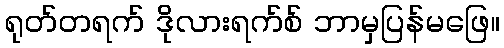
ရုတ်တရက် ဒိုလားရက်စ် ဘာမှပြန်မဖြေ။